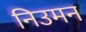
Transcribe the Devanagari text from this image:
निउमन